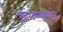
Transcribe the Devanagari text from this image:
सांगण्यापुरते